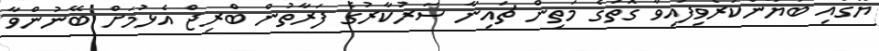
ޔޫގައި ބަޔާންކުރެވިފައިވާ ގޮތުގެ މަތިން ޗައިނާ ސަރުކާރުގެ ފަރާތުން ބްރިޖް އެޅުމަށް ބޭނުންވާ